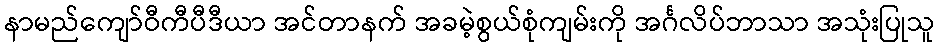
နာမည်ကျော်ဝီကီပီဒီယာ အင်တာနက် အခမဲ့စွယ်စုံကျမ်းကို အင်္ဂလိပ်ဘာသာ အသုံးပြုသူ